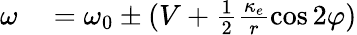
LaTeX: \begin{array}{rl}{\omega}&{{}=\omega_{0}\pm(V+\frac{1}{2}\frac{\kappa_{e}}{r}\cos 2\varphi)}\end{array}